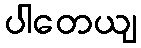
ပါတေယျ